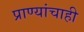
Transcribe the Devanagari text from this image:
प्राण्यांचाही